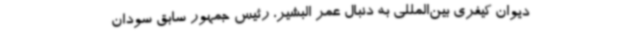
دیوان کیفری بین‌المللی به دنبال عمر البشیر، رئیس جمهور سابق سودان